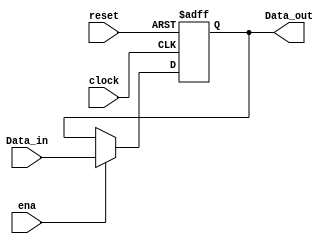
module reg5a ( 

input  [4:0] Data_in,
input  clock, reset, ena, 
output reg  [4:0] Data_out);

always @ ( posedge reset or negedge clock) 
	if (reset) Data_out <= 5'b0;

else 
	if(ena)Data_out <= Data_in;

endmodule